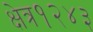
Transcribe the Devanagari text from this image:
क्षेत्र१२४३